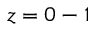
z = 0 - 1